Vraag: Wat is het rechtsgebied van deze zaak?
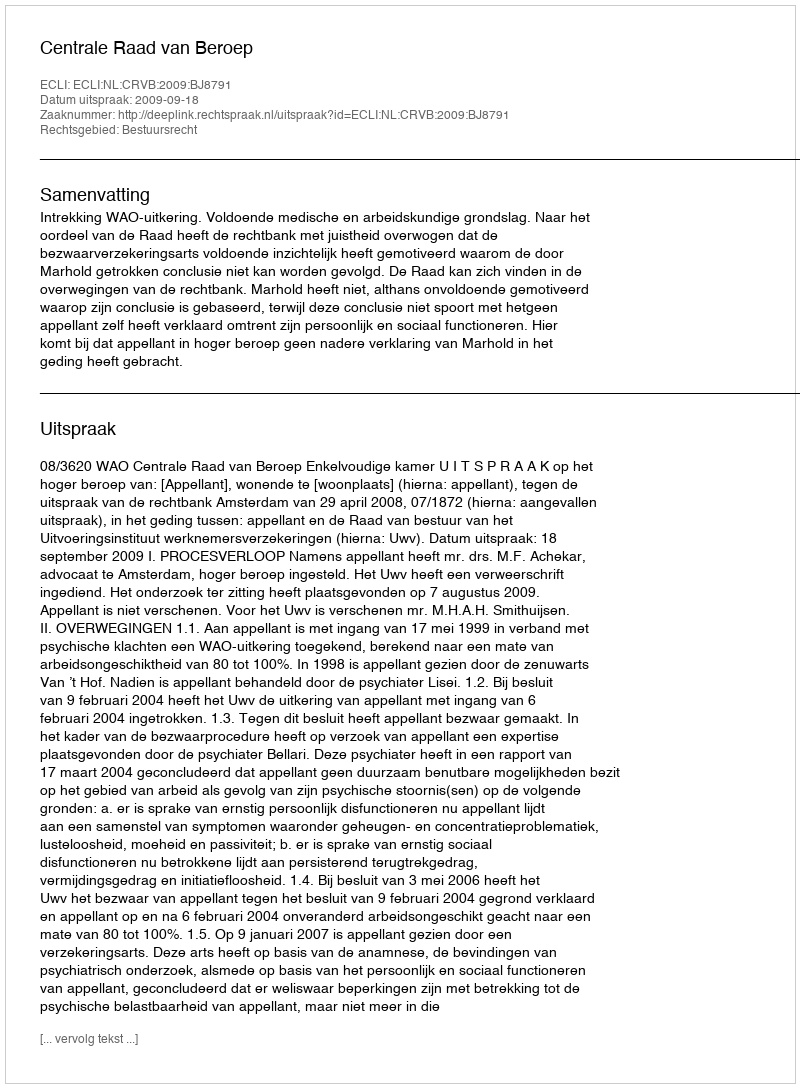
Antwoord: Bestuursrecht